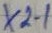
Text: X2-1